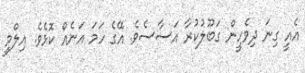
އެއީ ގިނަ ދިވެހީން ގަބޫލުކުރާ އަސާސެވެ. އޭގެ ހަމަ އަނެއް ކޮޅެވެ. އިލްމީ